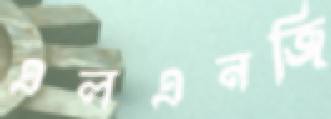
এলএনজি